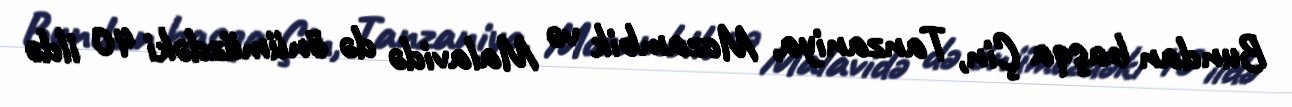
Bundan başqa Çin, Tanzaniya, Mozambik və Malavidə də önümüzdəki 40 ildə